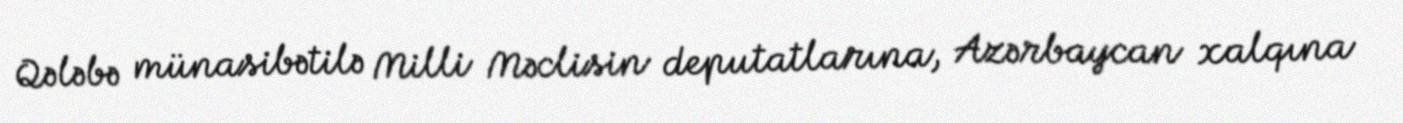
Qələbə münasibətilə Milli Məclisin deputatlarına, Azərbaycan xalqına